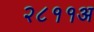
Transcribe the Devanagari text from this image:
२८११अ